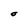
Character: O